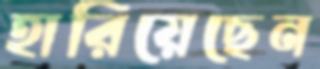
হারিয়েছেন